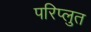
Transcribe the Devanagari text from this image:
परिप्लुत